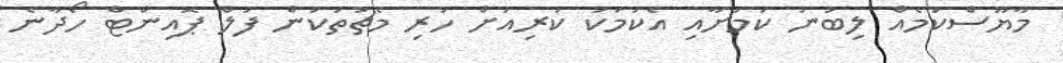
މާޔޫސްކަމެއް ލިބުނު ކަމަށާއި އެކަމަކު ކުރިއަށް ހުރި މެޗުތަކުން ފުލް ޕޮއިންޓް ހޯދާނެ